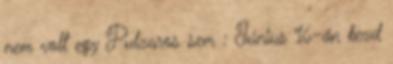
nem volt egy Pulzaros sem : Június 16-án kezd